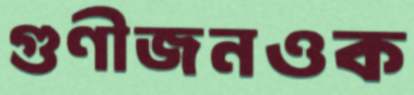
গুণীজনওক